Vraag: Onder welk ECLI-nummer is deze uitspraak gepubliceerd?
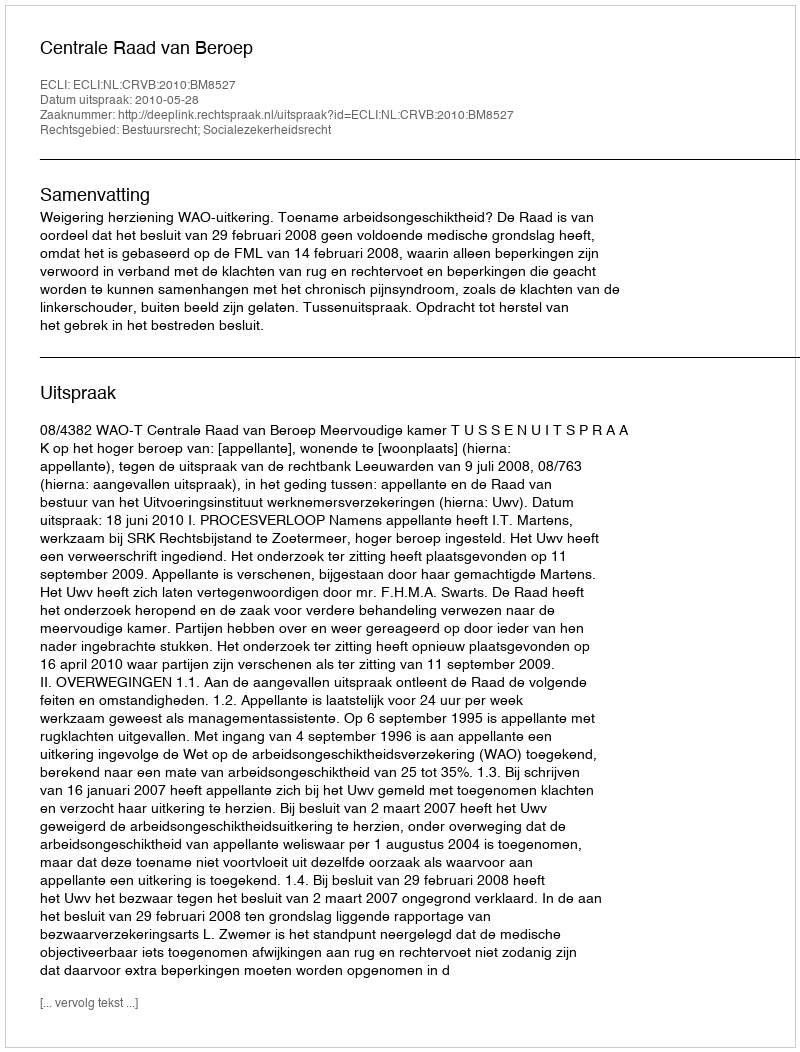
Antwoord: ECLI:NL:CRVB:2010:BM8527